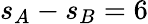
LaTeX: s_{A}-s_{B}=6